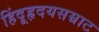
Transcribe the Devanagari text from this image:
हिंदूहृदयसम्राट